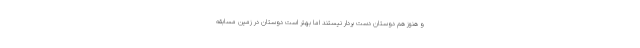
و هنوز هم دوستان دست بردار نیستند اما بهتر است دوستان در زمین مسابقه